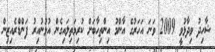
ޝާހިދު ވިދާޅުވީ 2009 ވަނަ އަހަރުގެ އާންމު އިންތިހާބަށް ކުރިމަތިލައިގެން އުޅުނުއިރު ފަންޑްރެއިޒިން